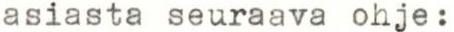
asiasta seuraava ohje: